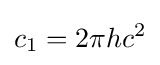
c_{1}=2\pi hc^{2}